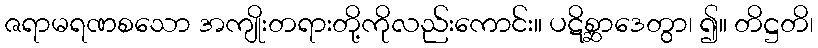
ဇရာမရဏစသော အကျိုးတရားတို့ကိုလည်းကောင်း။ ပဋိစ္ဆာဒေတွာ၊ ၍။ တိဋ္ဌတိ၊